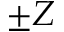
\pm Z